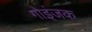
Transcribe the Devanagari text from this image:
गोइंजक